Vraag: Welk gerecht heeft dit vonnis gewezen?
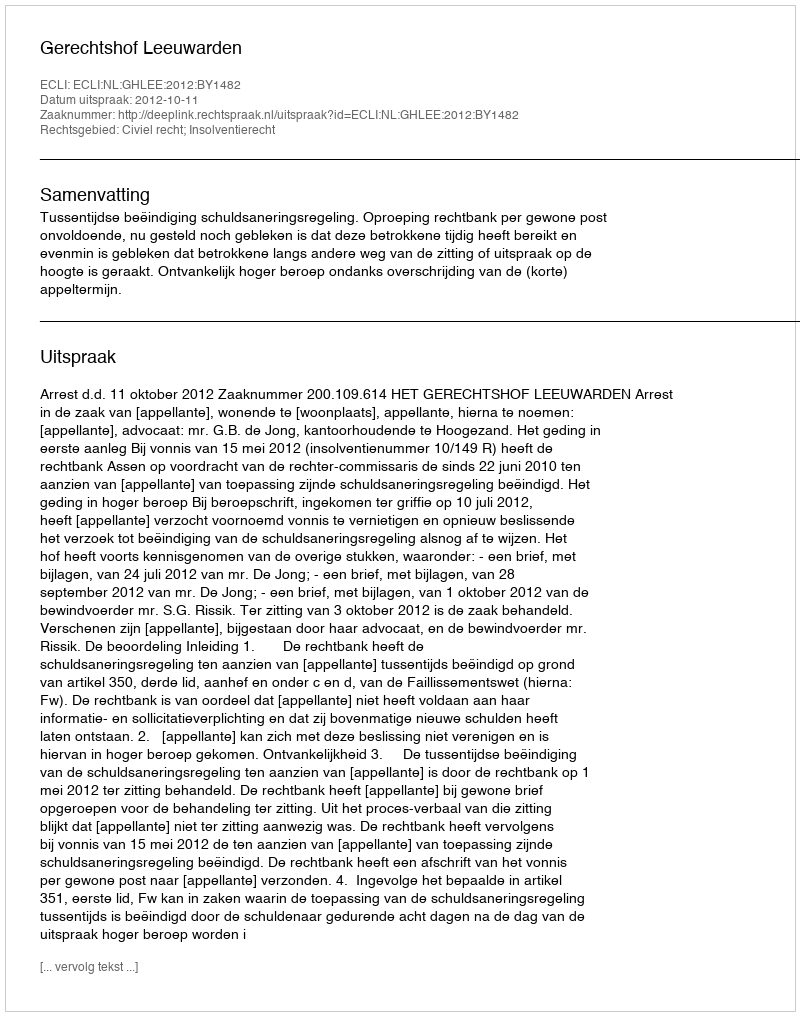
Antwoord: Gerechtshof Leeuwarden